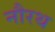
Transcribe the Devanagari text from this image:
नौरथ